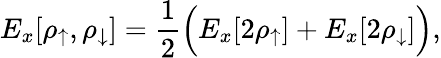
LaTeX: E_{x}[\rho_{\uparrow},\rho_{\downarrow}]=\frac{1}{2}\Big(E_{x}[2\rho_{\uparrow}]+E_{x}[2\rho_{\downarrow}]\Big),